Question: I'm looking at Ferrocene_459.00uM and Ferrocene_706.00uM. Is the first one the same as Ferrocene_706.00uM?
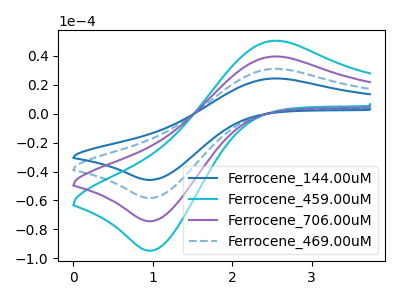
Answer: <think>The blue curve "Ferrocene_144.00uM" has an anodic peak at (2.50V, 118.85uA) and a cathodic peak at (1.00V, -223.00uA). The cyan curve "Ferrocene_459.00uM" has an anodic peak at (2.50V, 50.50uA) and a cathodic peak at (1.00V, -94.70uA). The purple curve "Ferrocene_706.00uM" has an anodic peak at (2.50V, 39.60uA) and a cathodic peak at (1.00V, -74.35uA). The blue dashed curve "Ferrocene_469.00uM" has an anodic peak at (2.50V, 79.25uA) and a cathodic peak at (1.00V, -148.65uA).
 All the peaks in "Ferrocene_459.00uM" have a peak in "Ferrocene_706.00uM" at the same potential. Every peak in "Ferrocene_459.00uM" is higher than every peak in "Ferrocene_706.00uM".</think>
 <answer>"Ferrocene_459.00uM" and "Ferrocene_706.00uM" are similar in shape.</answer>
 <eval>same_shape</eval>